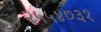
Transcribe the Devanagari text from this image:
२५५४७३१